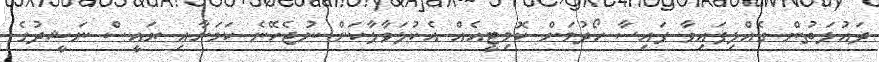
ދައުލަތުން ގެއްލިފައިވާ ފައިސާ ހޯދުމަށް ކޮމިޓީއެއް އެކުލަވާލާކަށް ނުޖެހޭނެ ކަމަށާއި ރައީސް ނަޝީދުގެ